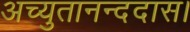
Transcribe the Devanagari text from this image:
अच्युतानन्ददास।